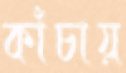
কাঁচায়